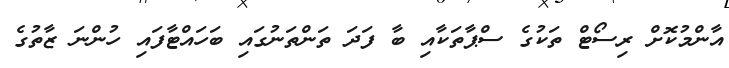
އާންމުކޮށް ރިސޯޓް ތަކުގެ ސްޕާތަކާއި ބާ ފަދަ ތަންތަނުގައި ބަހައްޓާފައި ހުންނަ ޒާތުގެ